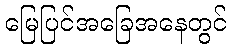
မြေပြင်အခြေအနေတွင်